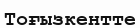
Тоғызкентте